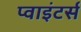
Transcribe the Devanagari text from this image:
प्वाइंटर्स